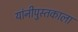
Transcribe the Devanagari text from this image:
यांनीपुस्तकाला